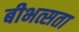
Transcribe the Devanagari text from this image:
बीभत्सता